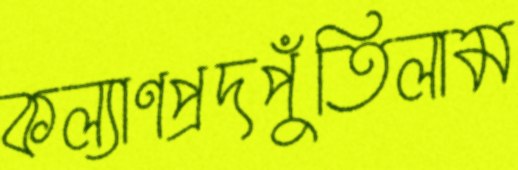
কল্যাণপ্রদপুঁতিলাম